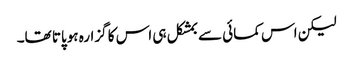
لیکن اس کمائی سے بمشکل ہی اس کا گزارہ ہوپاتا تھا۔